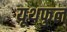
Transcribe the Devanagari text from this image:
यूथफुल